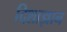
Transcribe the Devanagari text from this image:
दिशाज्ञान